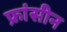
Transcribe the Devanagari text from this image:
फ्रांसीन